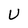
Character: U